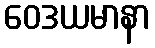
ဝေဒယမာနာ